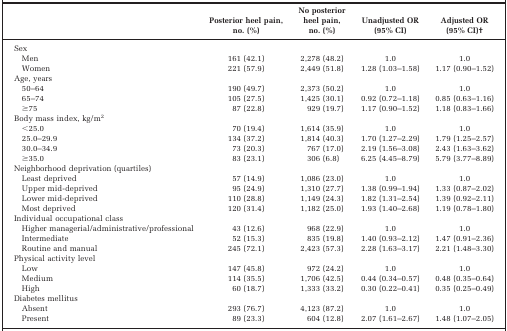
<table><thead><tr><td></td><td><b>Posterior heel pain, no. (%)</b></td><td><b>No posterior heel pain, no. (%)</b></td><td><b>Unadjusted OR (95% CI)</b></td><td><b>Adjusted OR (95% CI)b</b></td></tr></thead><tbody><tr><td>Sex</td><td></td><td></td><td></td><td></td></tr><tr><td>Men</td><td>161 (42.1)</td><td>2,278 (48.2)</td><td>1.0</td><td>1.0</td></tr><tr><td>Women</td><td>221 (57.9)</td><td>2,449 (51.8)</td><td>1.28 (1.03–1.58)</td><td>1.17 (0.90–1.52)</td></tr><tr><td>Age, years</td><td></td><td></td><td></td><td></td></tr><tr><td>50–64</td><td>190 (49.7)</td><td>2,373 (50.2)</td><td>1.0</td><td>1.0</td></tr><tr><td>65–74</td><td>105 (27.5)</td><td>1,425 (30.1)</td><td>0.92 (0.72–1.18)</td><td>0.85 (0.63–1.16)</td></tr><tr><td>≥75</td><td>87 (22.8)</td><td>929 (19.7)</td><td>1.17 (0.90–1.52)</td><td>1.18 (0.83–1.66)</td></tr><tr><td>Body mass index, kg/m<sup>2</sup></td><td></td><td></td><td></td><td></td></tr><tr><td>&lt;25.0</td><td>70 (19.4)</td><td>1,614 (35.9)</td><td>1.0</td><td>1.0</td></tr><tr><td>25.0–29.9</td><td>134 (37.2)</td><td>1,814 (40.3)</td><td>1.70 (1.27–2.29)</td><td>1.79 (1.25–2.57)</td></tr><tr><td>30.0–34.9</td><td>73 (20.3)</td><td>767 (17.0)</td><td>2.19 (1.56–3.08)</td><td>2.43 (1.63–3.62)</td></tr><tr><td>≥35.0</td><td>83 (23.1)</td><td>306 (6.8)</td><td>6.25 (4.45–8.79)</td><td>5.79 (3.77–8.89)</td></tr><tr><td>Neighborhood deprivation (quartiles)</td><td></td><td></td><td></td><td></td></tr><tr><td>Least deprived</td><td>57 (14.9)</td><td>1,086 (23.0)</td><td>1.0</td><td>1.0</td></tr><tr><td>Upper mid‐deprived</td><td>95 (24.9)</td><td>1,310 (27.7)</td><td>1.38 (0.99–1.94)</td><td>1.33 (0.87–2.02)</td></tr><tr><td>Lower mid‐deprived</td><td>110 (28.8)</td><td>1,149 (24.3)</td><td>1.82 (1.31–2.54)</td><td>1.39 (0.92–2.11)</td></tr><tr><td>Most deprived</td><td>120 (31.4)</td><td>1,182 (25.0)</td><td>1.93 (1.40–2.68)</td><td>1.19 (0.78–1.80)</td></tr><tr><td>Individual occupational class</td><td></td><td></td><td></td><td></td></tr><tr><td>Higher managerial/administrative/professional</td><td>43 (12.6)</td><td>968 (22.9)</td><td>1.0</td><td>1.0</td></tr><tr><td>Intermediate</td><td>52 (15.3)</td><td>835 (19.8)</td><td>1.40 (0.93–2.12)</td><td>1.47 (0.91–2.36)</td></tr><tr><td>Routine and manual</td><td>245 (72.1)</td><td>2,423 (57.3)</td><td>2.28 (1.63–3.17)</td><td>2.21 (1.48–3.30)</td></tr><tr><td>Physical activity level</td><td></td><td></td><td></td><td></td></tr><tr><td>Low</td><td>147 (45.8)</td><td>972 (24.2)</td><td>1.0</td><td>1.0</td></tr><tr><td>Medium</td><td>114 (35.5)</td><td>1,706 (42.5)</td><td>0.44 (0.34–0.57)</td><td>0.48 (0.35–0.64)</td></tr><tr><td>High</td><td>60 (18.7)</td><td>1,333 (33.2)</td><td>0.30 (0.22–0.41)</td><td>0.35 (0.25–0.49)</td></tr><tr><td>Diabetes mellitus</td><td></td><td></td><td></td><td></td></tr><tr><td>Absent</td><td>293 (76.7)</td><td>4,123 (87.2)</td><td>1.0</td><td>1.0</td></tr><tr><td>Present</td><td>89 (23.3)</td><td>604 (12.8)</td><td>2.07 (1.61–2.67)</td><td>1.48 (1.07–2.05)</td></tr></tbody></table>